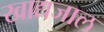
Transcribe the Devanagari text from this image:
खाद्यजाल